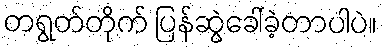
တရွတ်တိုက် ပြန်ဆွဲခေါ်ခဲ့တာပါပဲ။